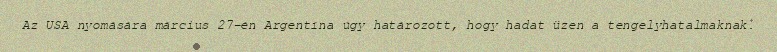
Az USA nyomására március 27-én Argentína úgy határozott, hogy hadat üzen a tengelyhatalmaknak.